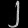
Digit: ၂